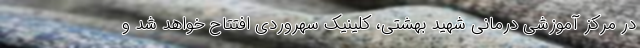
در مرکز آموزشی درمانی شهید بهشتی، کلینیک سهروردی افتتاح خواهد شد و